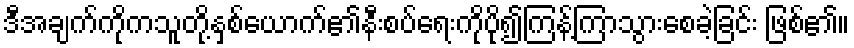
ဒီအချက်ကိုကသူတို့နှစ်ယောက်၏နီးစပ်ရေးကိုပို၍ကြန့်ကြာသွားစေခဲ့ခြင်း ဖြစ်၏။